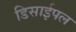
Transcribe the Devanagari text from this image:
डिसाईपल